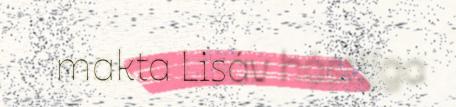
makta Lisáv hástijga